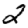
Digit: 2